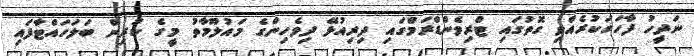
ނަދީހު ފާހަގަކުރެއްވި ގޮތުގައި ޓްރިވެންޑްރަމްގައި ދިރިއުޅޭ ދިވެހިންގެ މައުލޫމާތު މީގެ ކުރިން ބަލަހައްޓާފައި